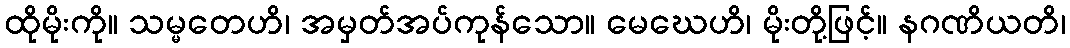
ထိုမိုးကို။ သမ္မတေဟိ၊ အမှတ်အပ်ကုန်သော။ မေဃေဟိ၊ မိုးတို့ဖြင့်။ နဂဏိယတိ၊